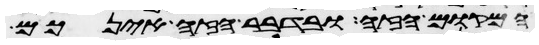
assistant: המקום הזה ובדבר הזה אינכם